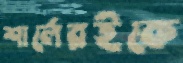
শার্লেরইকে